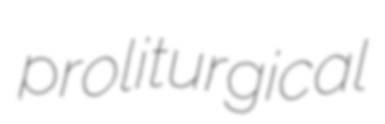
proliturgical